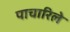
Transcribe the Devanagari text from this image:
पाचारिले